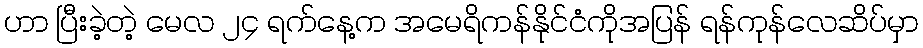
ဟာ ပြီးခဲ့တဲ့ မေလ ၂၄ ရက်နေ့က အမေရိကန်နိုင်ငံကိုအပြန် ရန်ကုန်လေဆိပ်မှာ